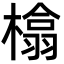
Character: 㯓